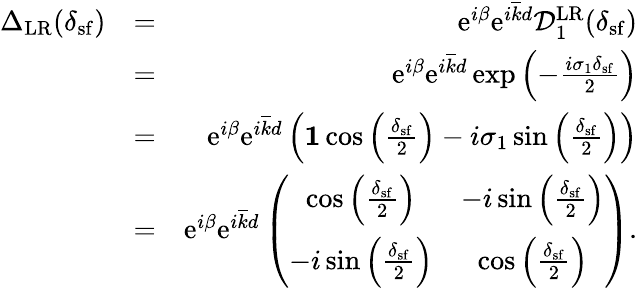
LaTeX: \begin{array}{rlr}{{\Delta}_{\mathrm{LR}}(\delta_{\mathrm{sf}})}&{=}&{\mathrm{e}^{i\beta}\mathrm{e}^{i\overline{{k}}d}\mathcal{D}_{1}^{\mathrm{LR}}(\delta_{\mathrm{sf}})}\\ &{=}&{\mathrm{e}^{i\beta}\mathrm{e}^{i\overline{{k}}d}\exp\left(-\frac{i\sigma_{1}\delta_{\mathrm{sf}}}{2}\right)}\\ &{=}&{\mathrm{e}^{i\beta}\mathrm{e}^{i\overline{{k}}d}\left({\mathbf 1}\cos\left(\frac{\delta_{\mathrm{sf}}}{2}\right)-i\sigma_{1}\sin\left(\frac{\delta_{\mathrm{sf}}}{2}\right)\right)}\\ &{=}&{\mathrm{e}^{i\beta}\mathrm{e}^{i\overline{{k}}d}\left(\begin{array}{cc}{\cos\left(\frac{\delta_{\mathrm{sf}}}{2}\right)}&{-i\sin\left(\frac{\delta_{\mathrm{sf}}}{2}\right)}\\ {-i\sin\left(\frac{\delta_{\mathrm{sf}}}{2}\right)}&{\cos\left(\frac{\delta_{\mathrm{sf}}}{2}\right)}\end{array}\right).}\end{array}